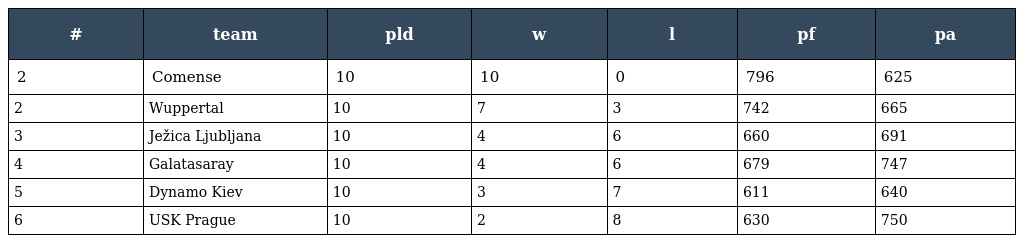
| # | team | pld | w | l | pf | pa |
 | --- | --- | --- | --- | --- | --- | --- |
 | 2 | Comense | 10 | 10 | 0 | 796 | 625 |
 | 2 | Wuppertal | 10 | 7 | 3 | 742 | 665 |
 | 3 | Ježica Ljubljana | 10 | 4 | 6 | 660 | 691 |
 | 4 | Galatasaray | 10 | 4 | 6 | 679 | 747 |
 | 5 | Dynamo Kiev | 10 | 3 | 7 | 611 | 640 |
 | 6 | USK Prague | 10 | 2 | 8 | 630 | 750 |